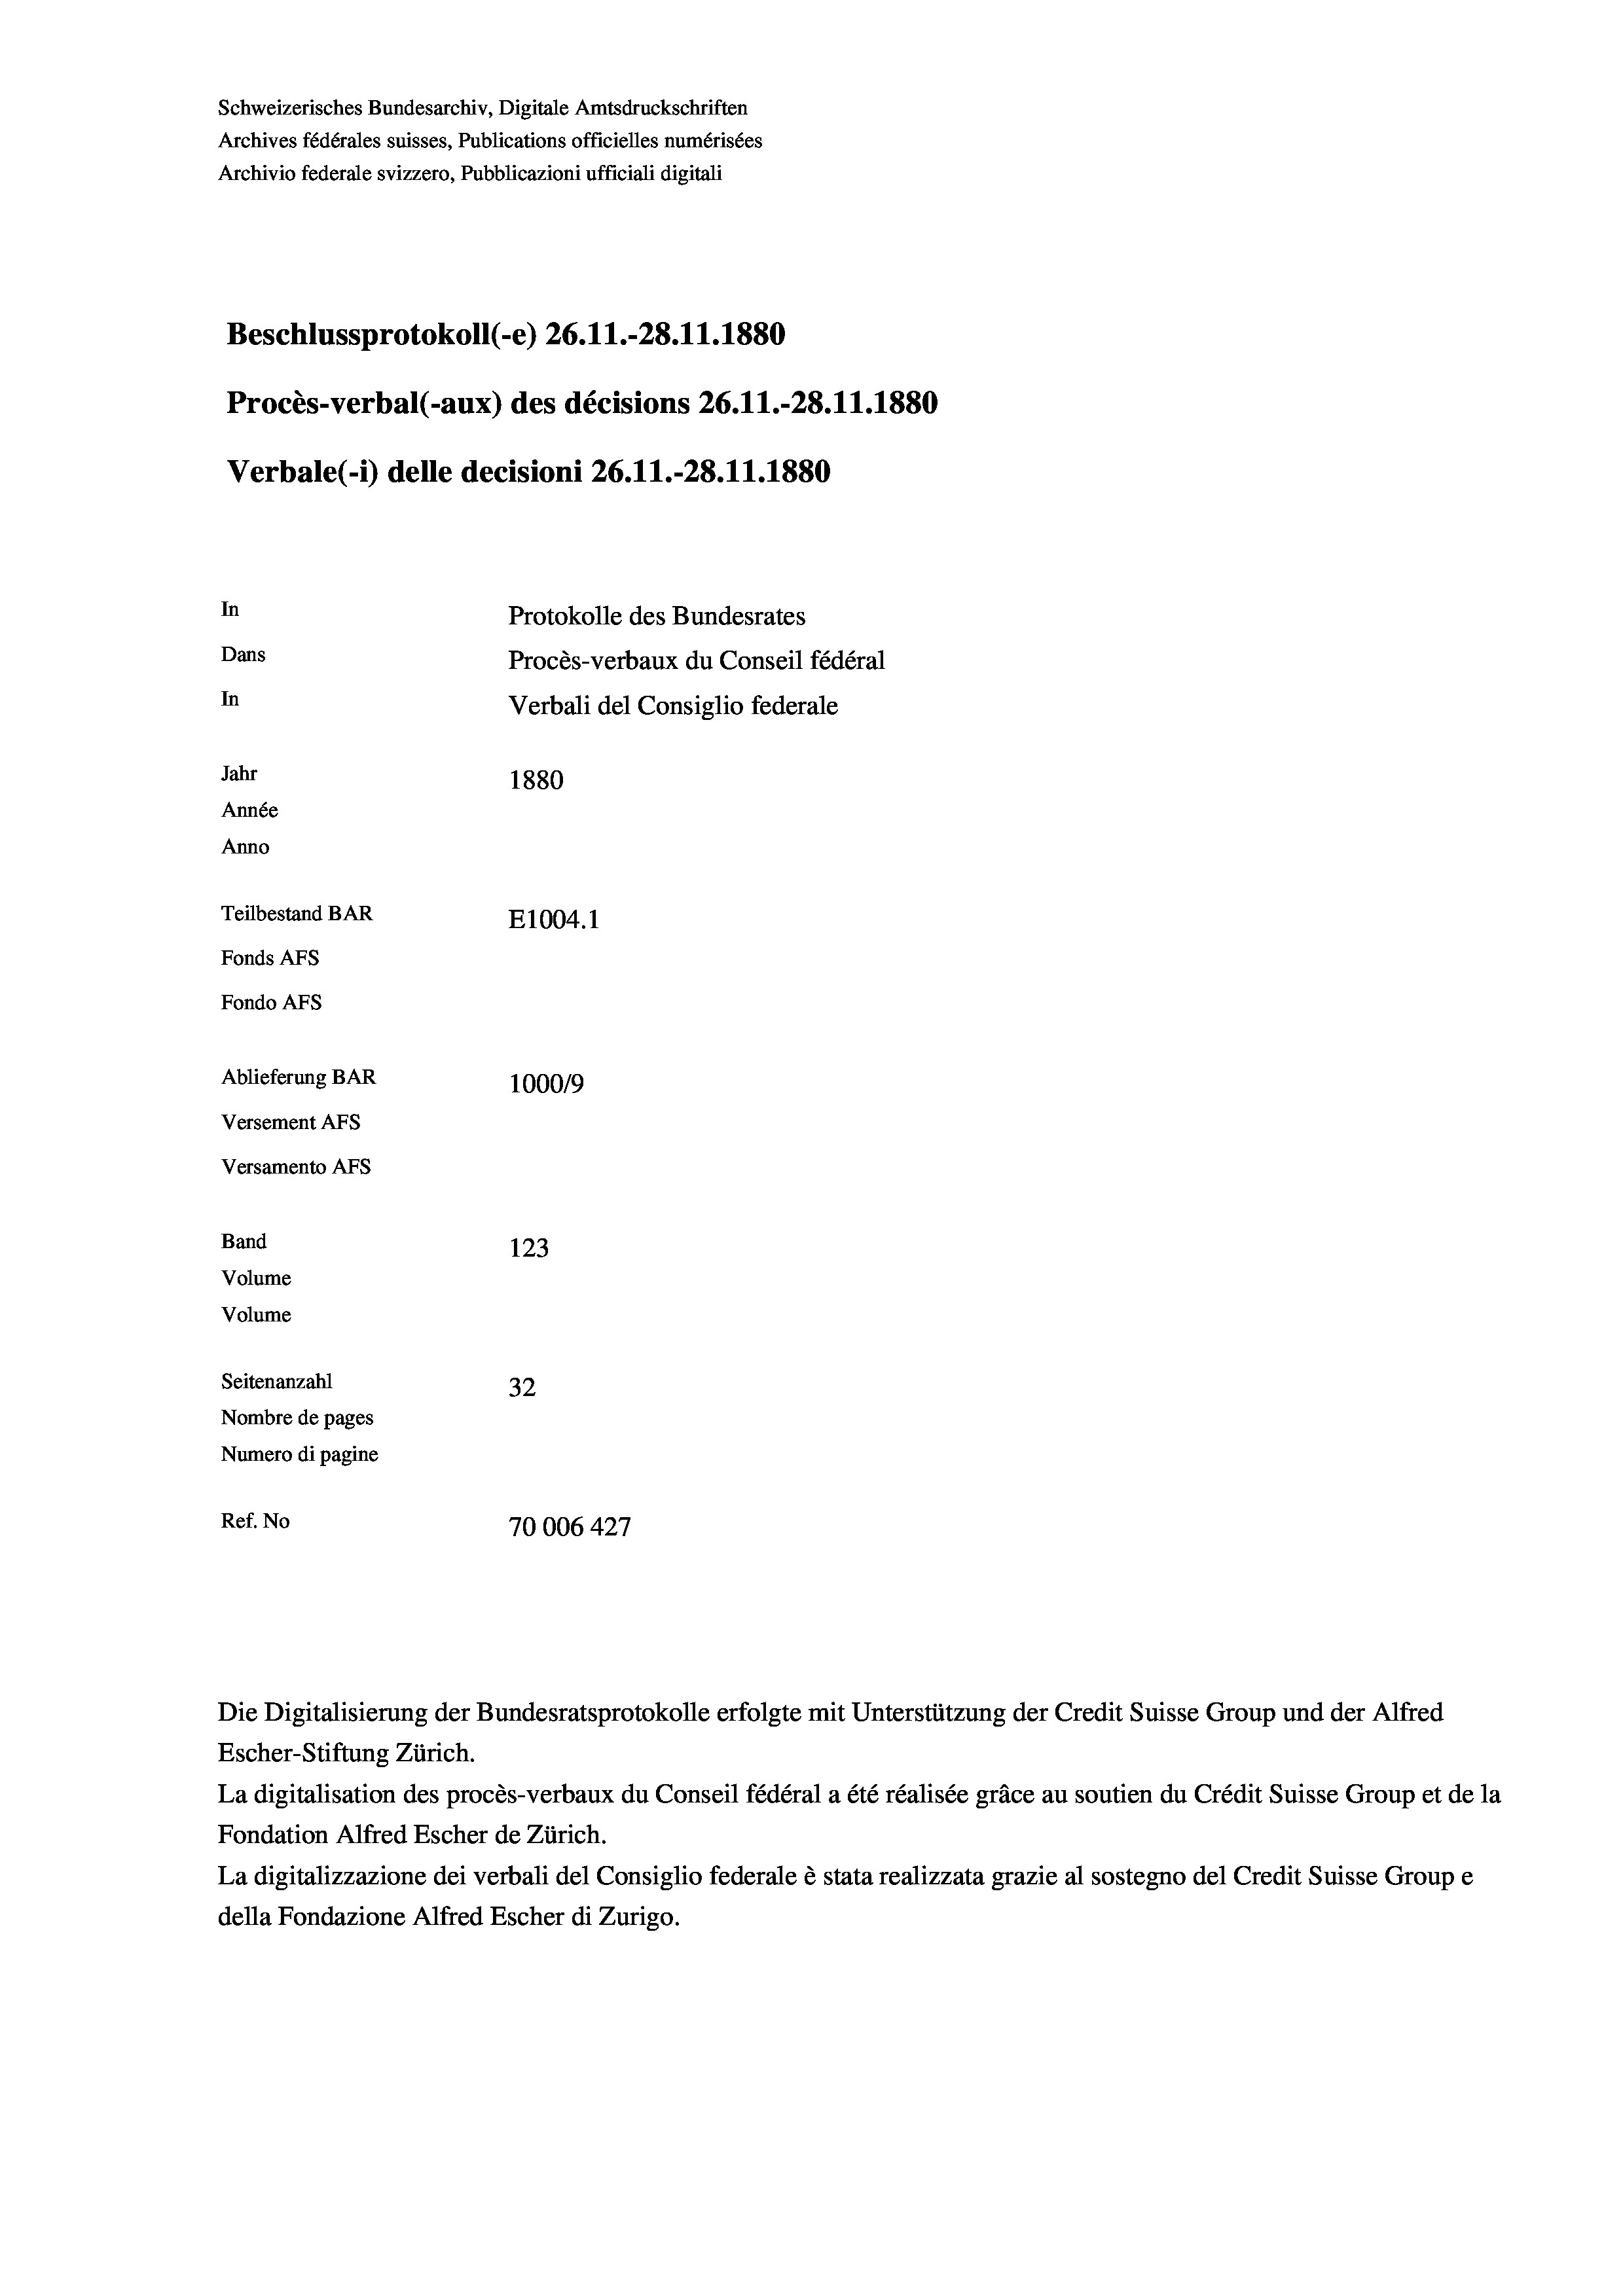
Schweizerisches Bundesarchiv, Digitale Amtsdruckschriften
Archives fédérales suisses, Publications officielles numérisées
Archivio federale svizzero, Pubblicazioni ufficiali digitali
Beschlussprotokoll (-e) 26. 11.-28.11.1880
Procès-verbal (-aux) des décisions 26.11.-28.11.1880
Verbale (- 1) delle decisioni 26. 11.-28.11.1880
In
Protokolle des Bundesrates
Dans
Procès-verbaux du Conseil fédéral
In
Verbali del Consiglio federale
Jahr
1880
Année
Anno
Teilbestand BAR
E1004.1
Fonds AFs
Fondo AFs
Ablieferung BAR
100019
Versement AFs
Versamento Afs
Band
123
Volume
Volume
Seitenanzahl
32
Nombre de pages
Numero di pagine
Ref. No
70006 427

Escher-Stiftung Zürich.
La digitalisation des procès-verbaux du Conseil fédéral a été réalisée gräce au soutien du Crédit Suisse Group et de la
Fondation Alfred Escher de Zürich.
La digitalizzazione dei verbali del Consiglio federale è stata realizzata grazie al sostegno del Credit Suisse Groupe
della Fondazione Alfred Escher di Zurigo.

Die Digitalisierung der Bundesratsprotokolle erfolgte mit Unterstützung der Credit Suisse Group und der Alfred